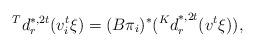
LaTeX: \begin{align*} ^{T}d_{r}^{*,2t}(v_{i}^{t}\xi)={(B\pi_i)^{*}}({^Kd}_{r}^{*,2t}(v^{t}\xi)),\end{align*}